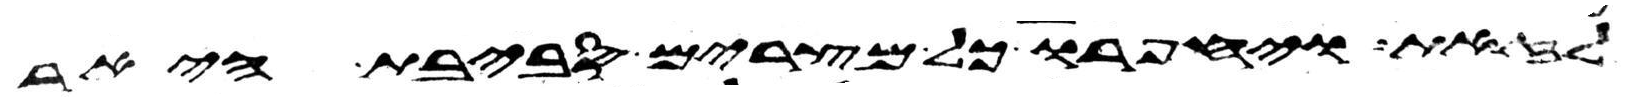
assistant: לזאת ויחפרו כל מצרים סביבת היאר